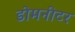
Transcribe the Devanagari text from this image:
डोमनीटर